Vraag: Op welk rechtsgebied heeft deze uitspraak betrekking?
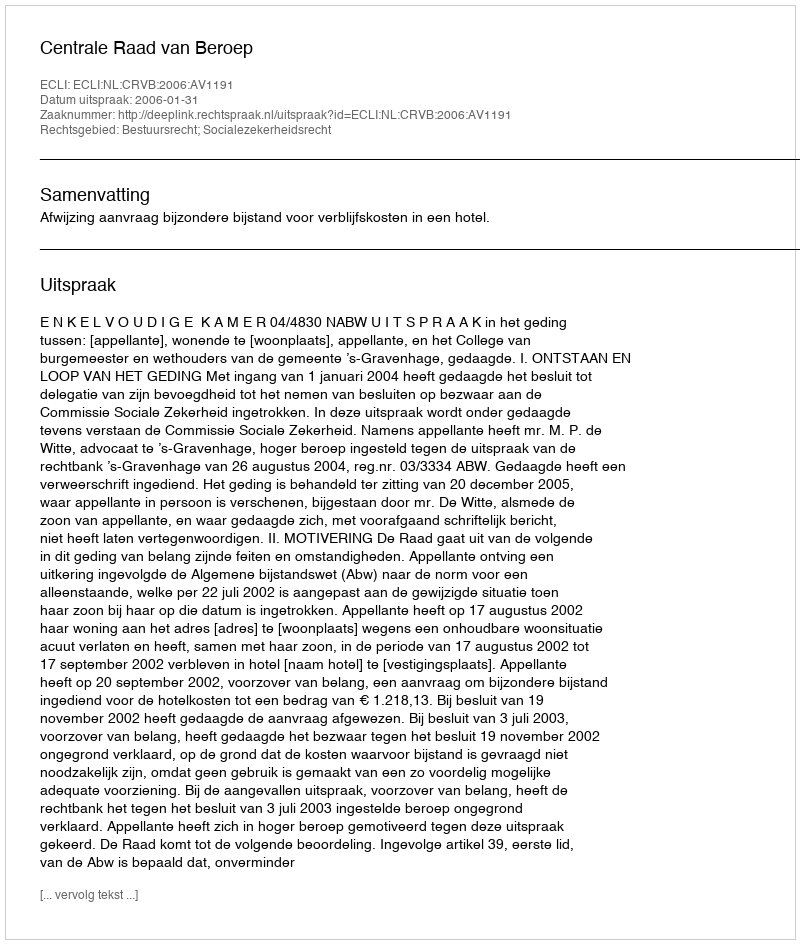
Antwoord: Bestuursrecht; Socialezekerheidsrecht